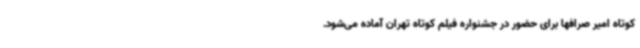
کوتاه امیر صرافها برای حضور در جشنواره فیلم کوتاه تهران آماده می‌شود.